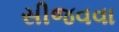
સીજવવા